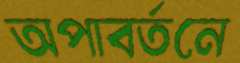
অপাবর্তনে